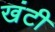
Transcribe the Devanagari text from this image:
खंटी